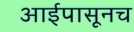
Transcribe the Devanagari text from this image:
आईपासूनच